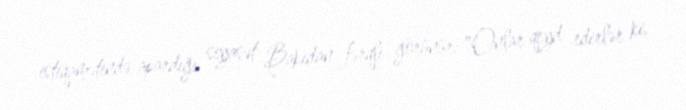
istiqamətində apardığı siyasət Bakıdan fərqli görünür: "Onlar qeyd edirlər ki,